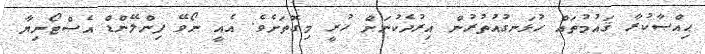
ޙިއްޞާކުރާ ޤައުމުތައް ހުޅަނގުއުތުރުން އިރުދެކުނަށް ހުރީ މިގޮތަށެވެ. އެއީ ނޯވޭ ފިންލޭންޑް އެސްޓޯނިޔާ